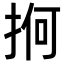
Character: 𢬲